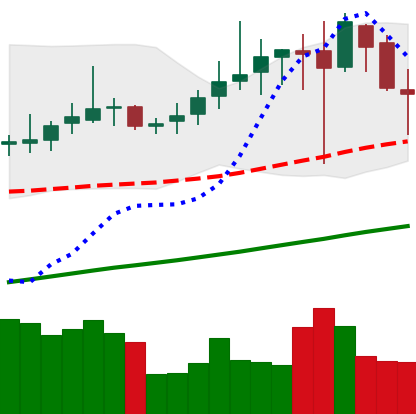
Ticker: DOGE-USD
Chart end date: 2019-07-01
Forward return: 9.543%
Label: up_7plus